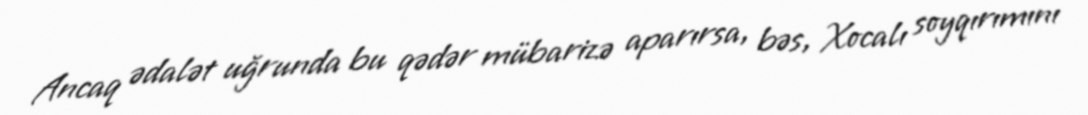
Ancaq ədalət uğrunda bu qədər mübarizə aparırsa, bəs, Xocalı soyqırımını